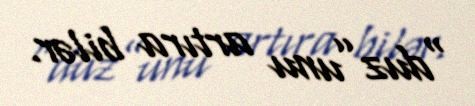
“duz”unu artıra bilər.